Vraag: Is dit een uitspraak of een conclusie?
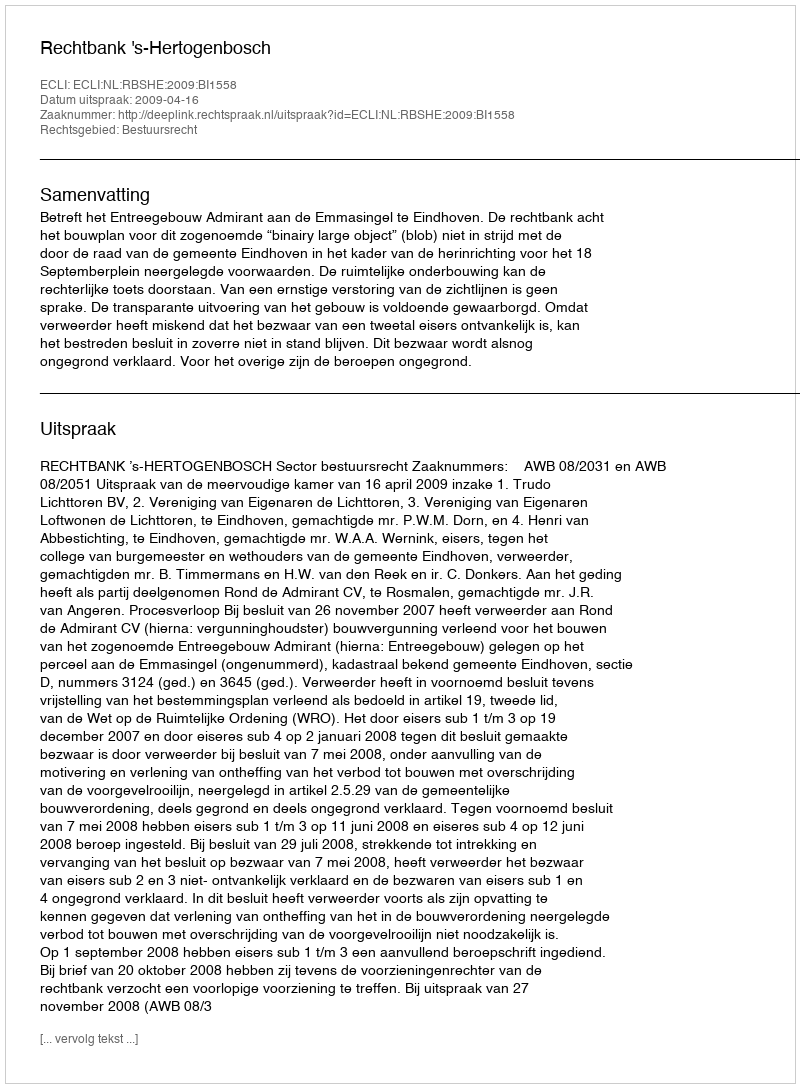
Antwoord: Uitspraak